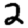
Digit: 2